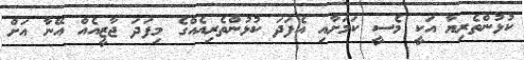
ކުޅުންތެރިޔާ އަކީ މެސީ ކަމަށާއި އެފަދަ ކުޅުންތެރިއެއްގެ މިފަދަ ޖާޒީއެއް އޭނާ އަށް